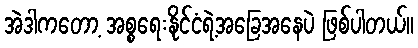
အဲဒါကတော့ အစ္စရေးနိုင်ငံရဲ့အခြေအနေပဲ ဖြစ်ပါတယ်။